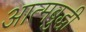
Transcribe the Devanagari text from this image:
आत्मबुद्धी